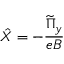
\hat { X } = - \frac { \widetilde { \Pi } _ { y } } { e B }